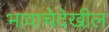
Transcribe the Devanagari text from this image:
भावाचेदेखील